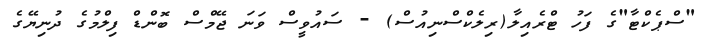
"ސްޕެކްޓާ"ގެ ފަހު ޓްރެއިލާ(ރިލެކްސްނިއުސް) - ސައުވީސް ވަނަ ޖޭމްސް ބޮންޑް ފިލްމުގެ ދުނިޔޭގެ